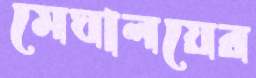
মেঘালয়ের